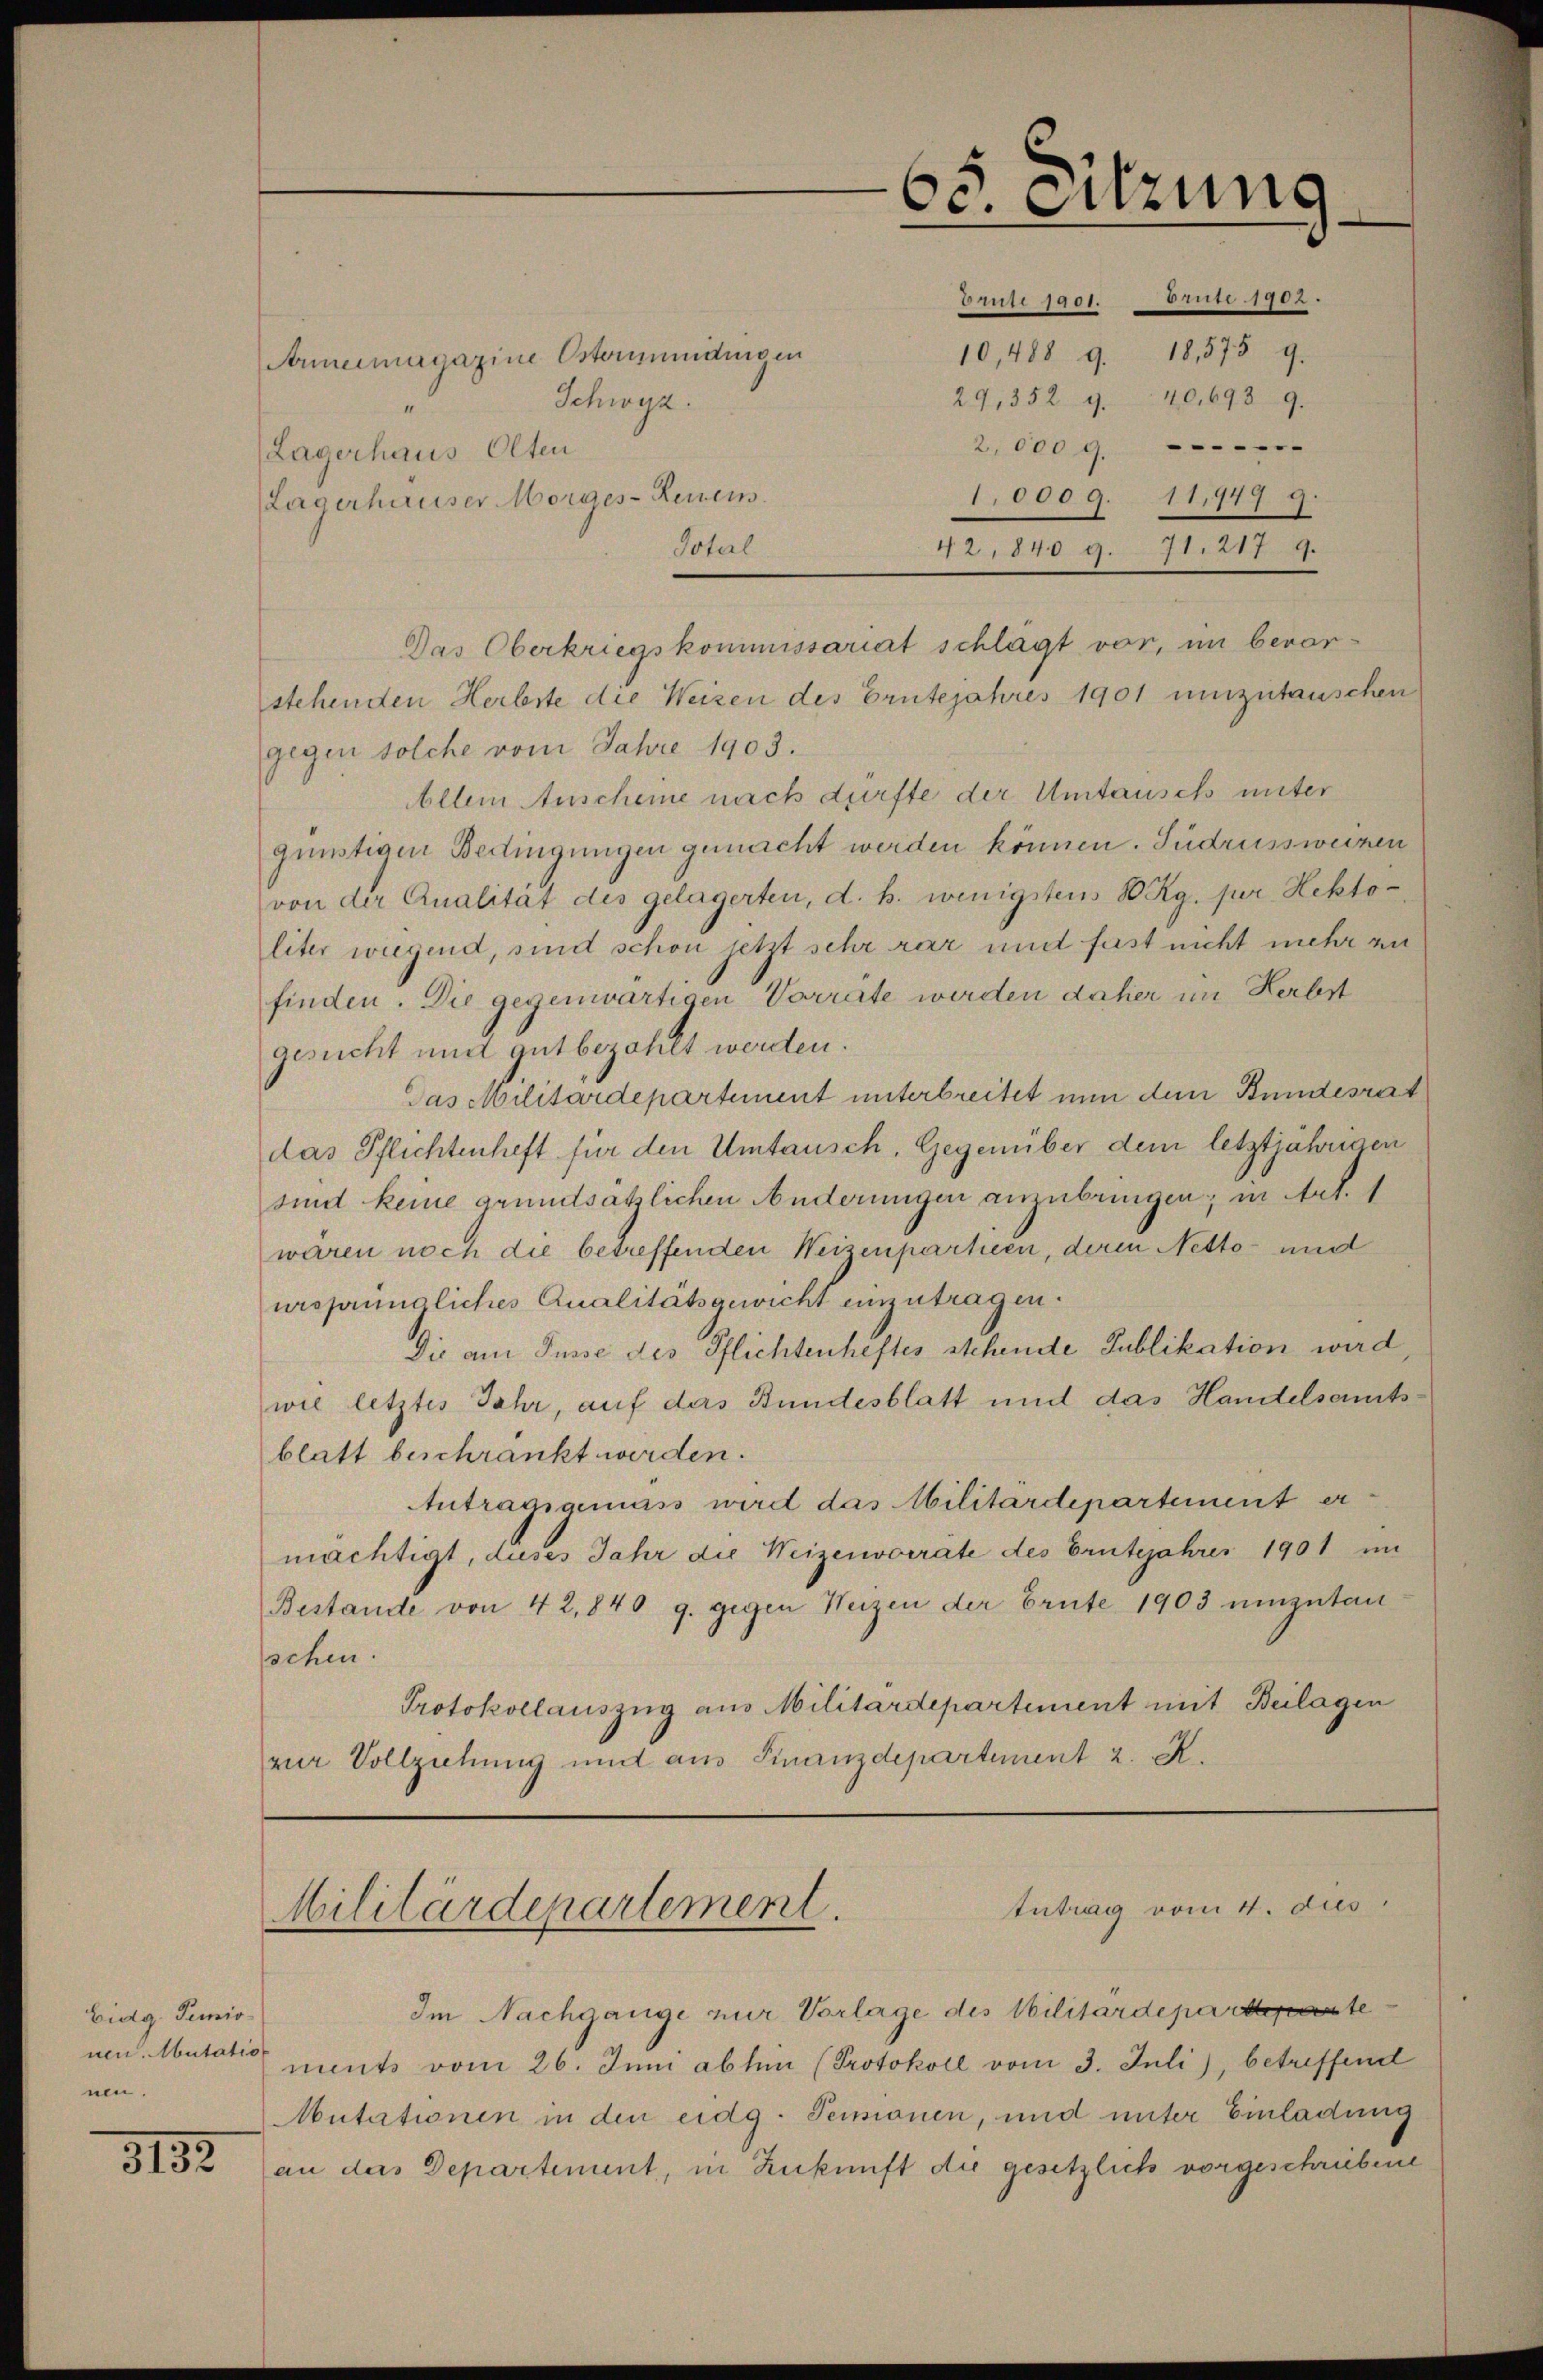
3132.

Eidg. Perio
nen.

Armermagazine Ostermeidungen
Schwyz.
Lagerhaus Olten
Lagerhauser Morges-Renein.
stehenden Herbste die Weizen des Grütejahres 1901 umzutauschen
gegen solche vom Jahre 1903.
Allem Anscheine nach dürfte der Umtausch unter
günstigen Bertingungen gemacht werden können. Sudrussweizen
von der Qualität des gelagerten, d. h. wenigstens 80 Rg. pr. Hekto
liter wiegend, sind schon jetzt sehr rar und fast nicht mehr zu
finden. Die gegenwärtigen Vorrate werden daher im Herbst
gesucht und gut bezahlt werden.
Das Militärdepartement unterbreitet nun den Bundesrat
das Pflichtenheft für den Umtausch. Gegenüber dem letztjährigen
sind keine grundsätzlichen Änderungen anzubringen; in Art. 1
wären noch die betreffenden Weizenpartieen, deren Netto- und
ursprüngliches Qualitätsgewicht einzutragen.
Die am Fusse des Pflichtenheftes stehende Publikation wird,
wie letztes Jahr, auf das Bundesblatt und das Handelseitsblatt beschränkt werden.
Antragsgemäss wird das Militärdepartement er-
mächtigt, duses Jahr die Weizenvorräte des Erntejahres 1901 in
Bestande von 42, 840 g. gegen Weizen der Ernte 1903 umzutan
schen.
Protokollauszug aus Militärdepartement mit Beilagen
zur Vollziehung und aus Finanzdepartement 2. K.

65. Sitzung.
Iini 1951. Ao 1785.
10,488 9. 18,575 9.
29, 352 940,6939.
2,000 g
1.000 g. 11,47 9.
12,8409. 71. 2179.

Totul
Das Oberkriegskommissariat schlägt vor, im bevor¬

Intrag vom 4. dies
Militärdepartement.

Im Nachgange nur Vorlage des Militärdeparteparte
nen. Mutation ents vom 26. Juni ablen (Protokoll vom 3. Juli), betreffend
Autationen in den eidg. Pensionen, und unter Einladung
an das Departement, in Zukunft die gesetzlich vorgeschriebene